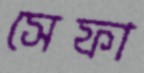
সেফা